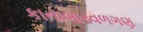
કાનાબારવળગણ